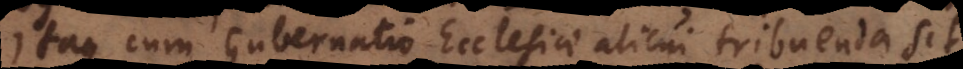
Itaque cum Gubernatio Ecclesiae alicui tribuenda sit